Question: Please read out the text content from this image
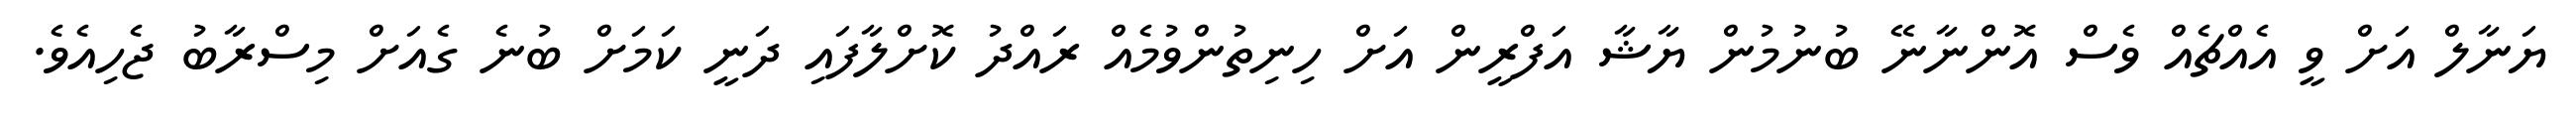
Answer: ޔަނާލް އަށް ވީ އެއްޗެއް ވެސް އޮންނާނޭ ބުނުމުން ޔާޝާ އަފްރީން އަށް ހިނިތުންވުމެއް ރައްދު ކޮށްލާފައި ދަނީ ކަމަށް ބުނެ ގެއަށް މިސްރާބު ޖެހިއެވެ.